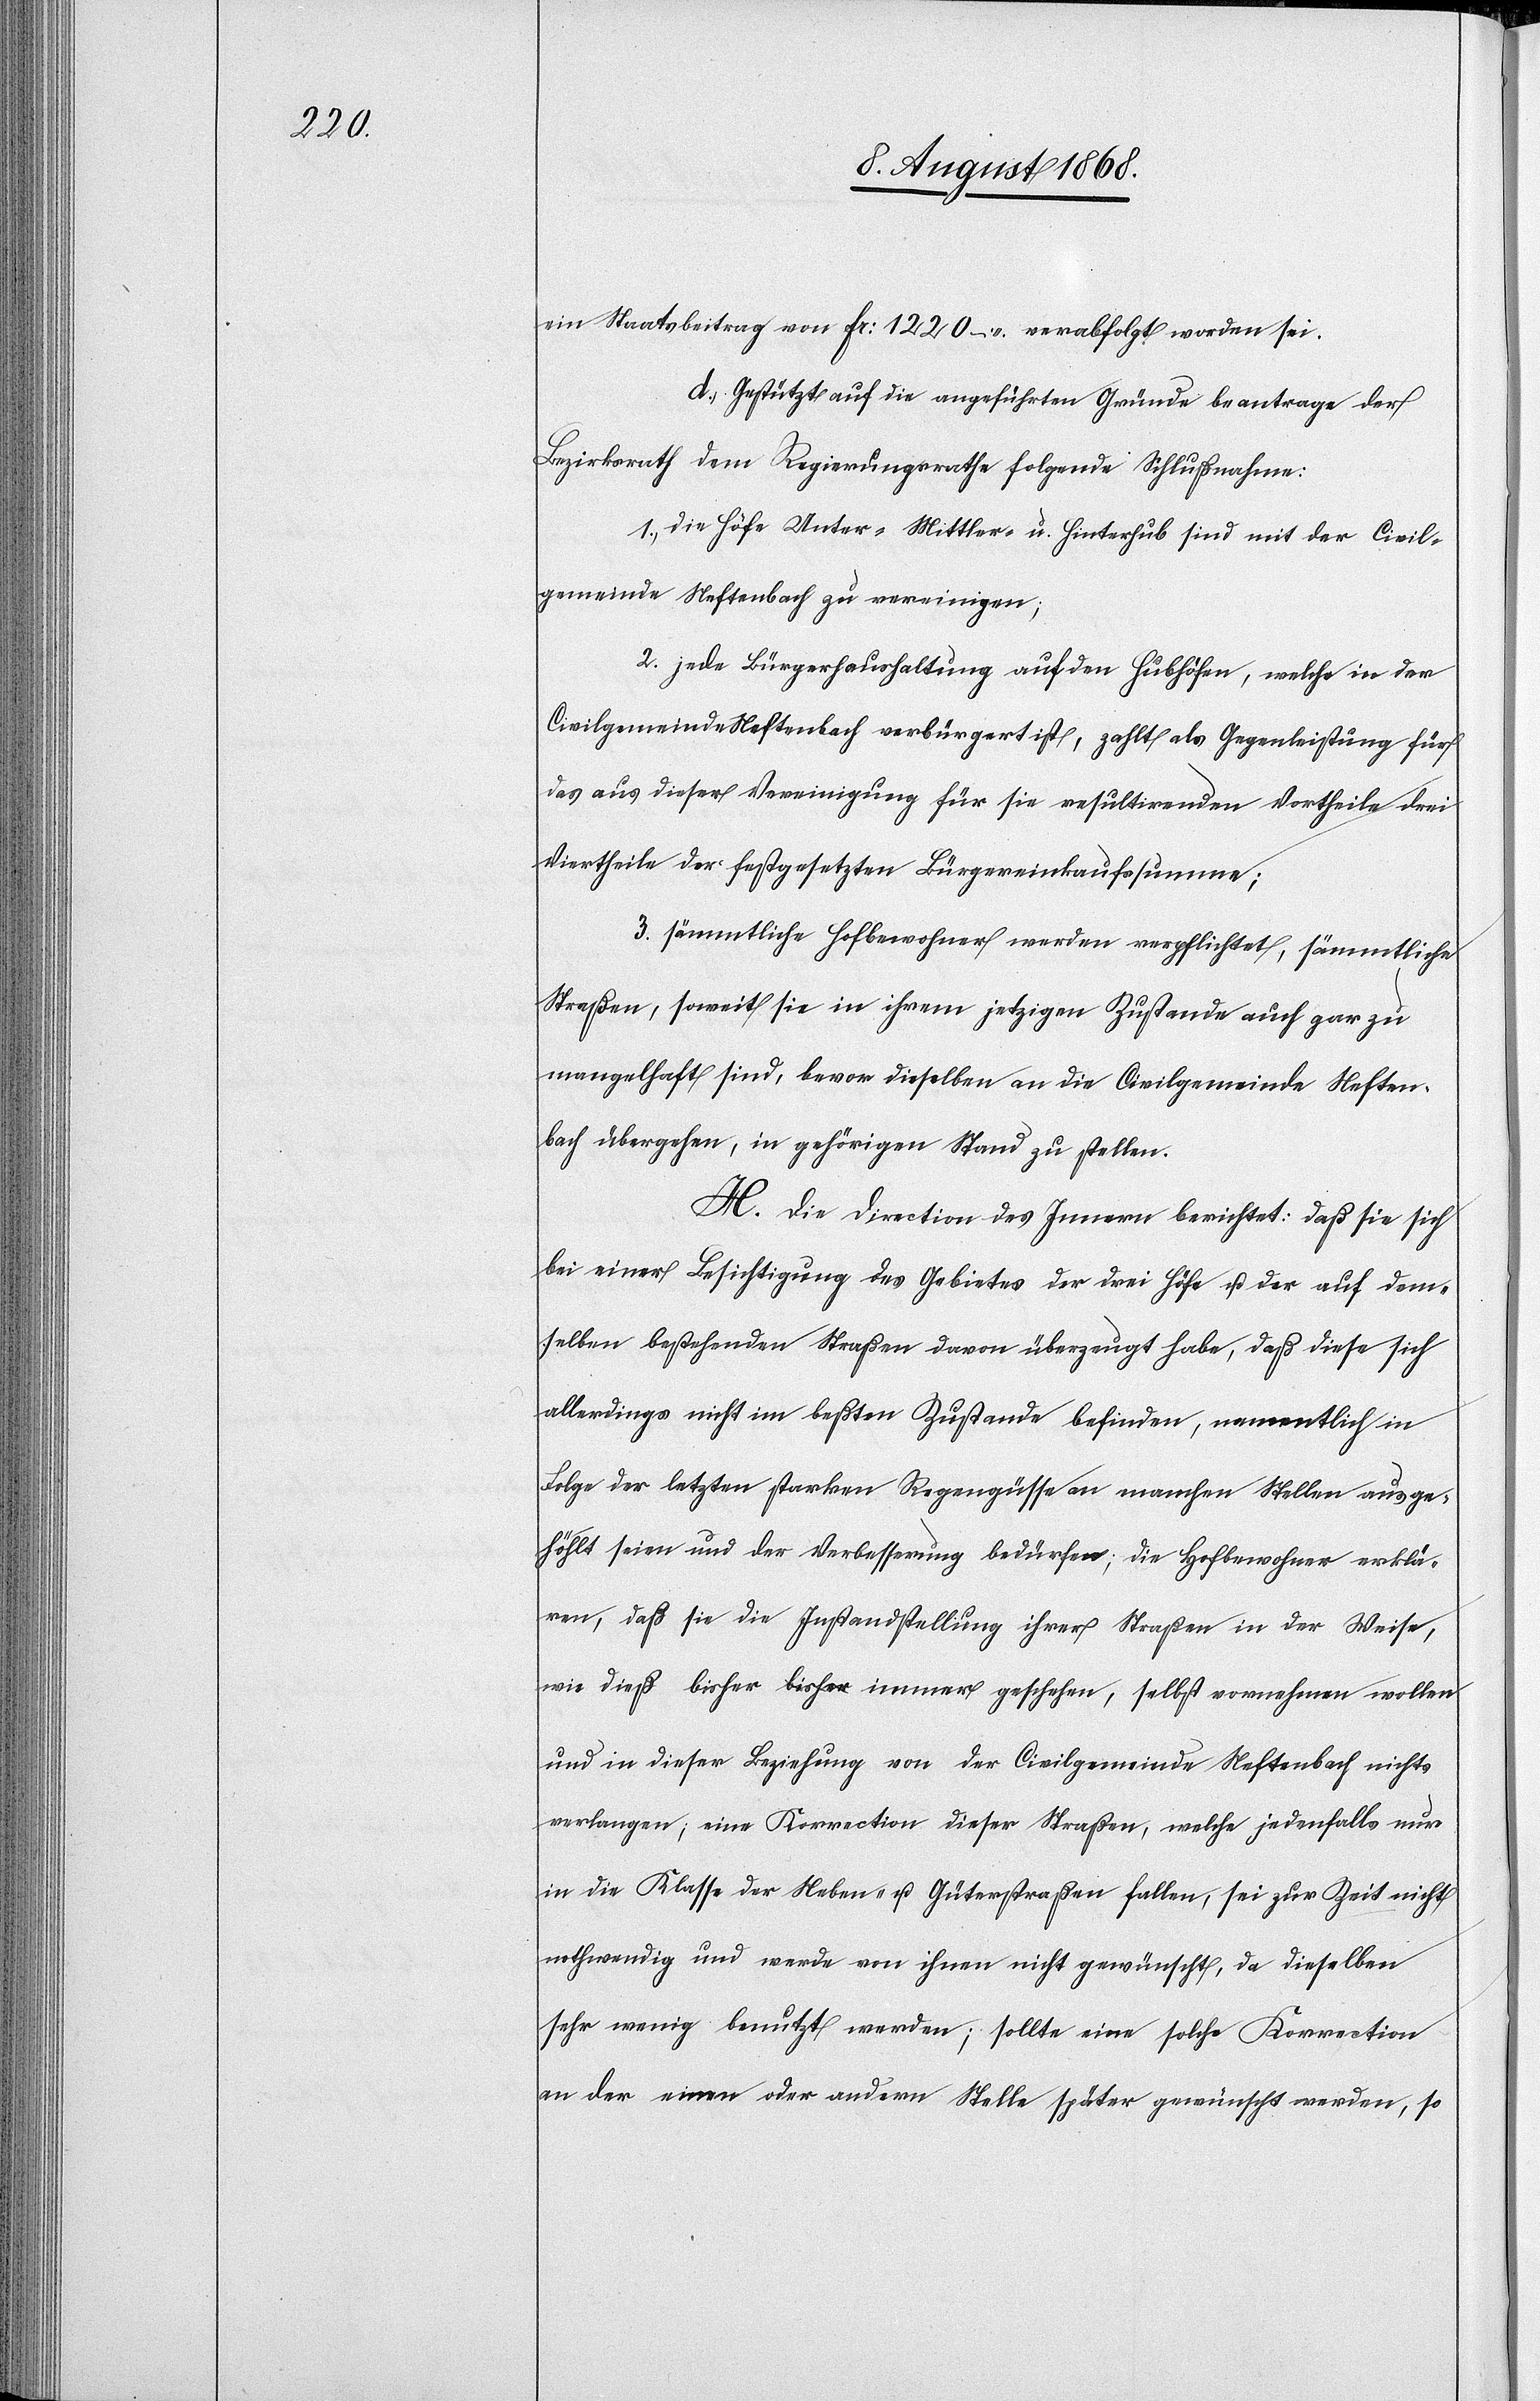
ein Staatsbeitrag von Fr: 1220 – verabfolgt worden sei.
Gestützt auf die angeführten Gründe beantrage der
Bezirksrath dem Regierungsrathe folgende Schlußnahme:
1. die Höfe Unter-[,] Mittler- u. Hinterhub sind mit der Civil¬
gemeinde Neftenbach zu vereinigen;
2. jede Bürgerhaushaltung auf den Hubhöfen, welche in der
Civilgemeinde Neftenbach verbürgert ist, zahlt als Gegenleistung für
aus dieser Vereinigung für sie resultirenden Vortheile drei
Viertheile der festgesetzten Bürgereinkaufssumme;
3. sämmtliche Hofbewohner werden verpflichtet, sämmtliche
Straßen, soweit sie in ihrem jetzigen Zustande auch gar zu
mangelhaft sind, bevor dieselben an die Civilgemeinde Neften¬
bach übergehen, in gehörigen Stand zu stellen.
H. Die Direction des Innern berichtet: daß sie sich
bei einer Besichtigung des Gebietes der drei Höfe u. der auf dem¬
selben bestehenden Straßen davon überzeugt habe, daß diese sich
allerdings nicht im beßten Zustande befinden, namentlich in
Folge der letzten starken Regengüsse an manchen Stellen ausge¬
höhlt seien und der Verbesserung bedürfen; die Hofbewohner erklä¬
ren, daß sie die Instandstellung ihrer Straßen in der Weise,
wie dieß bisher a-bisher-a immer geschehen, selbst vornehmen wollen
und in dieser Beziehung von der Civilgemeinde Neftenbach nichts
verlangen; eine Korrection dieser Straßen, welche jedenfalls nur
in die Klasse der Neben- u. Güterstraßen fallen, sei zur Zeit nicht
nothwendig und werde von ihnen nicht gewünscht, da dieselben
sehr wenig benutzt werden; sollte eine solche Korrection
an der einen oder andern Stelle später gewünscht werden, so